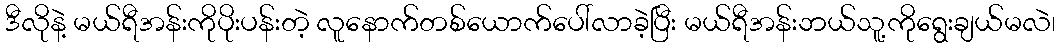
ဒီလိုနဲ့ မယ်ရီအန်းကိုပိုးပန်းတဲ့ လူနောက်တစ်ယောက်ပေါ်လာခဲ့ပြီး မယ်ရီအန်းဘယ်သူ့ကိုရွေးချယ်မလဲ၊